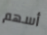
أسهم